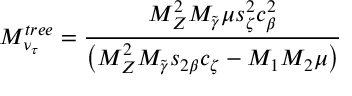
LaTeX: M _ { \nu _ { \tau } } ^ { t r e e } = \frac { M _ { Z } ^ { 2 } M _ { \widetilde { \gamma } } \mu s _ { \zeta } ^ { 2 } c _ { \beta } ^ { 2 } } { \left( M _ { Z } ^ { 2 } M _ { \widetilde { \gamma } } s _ { 2 \beta } c _ { \zeta } - M _ { 1 } M _ { 2 } \mu \right) }